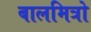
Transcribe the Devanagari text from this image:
बालमित्रो